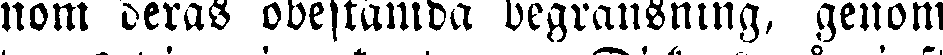
nom deras obestämda begränsning, genom